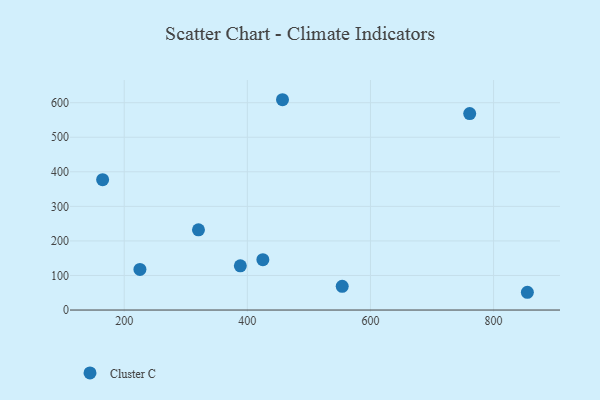
{"axis": {"x": "Engine Size", "y": "Sales"}, "legend": ["Cluster C"], "data": [{"x": "761.2", "y": 568.5, "type": "Cluster C"}, {"x": "854.9", "y": 51.4, "type": "Cluster C"}, {"x": "164.9", "y": 377.2, "type": "Cluster C"}, {"x": "554.1", "y": 68.6, "type": "Cluster C"}, {"x": "225.5", "y": 117.4, "type": "Cluster C"}, {"x": "320.6", "y": 232.1, "type": "Cluster C"}, {"x": "388.6", "y": 127.8, "type": "Cluster C"}, {"x": "425.2", "y": 145.6, "type": "Cluster C"}, {"x": "457.1", "y": 608.6, "type": "Cluster C"}]}